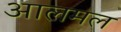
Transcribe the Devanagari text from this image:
आलमल